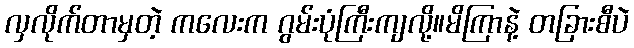
လှလိုက်တာမှတဲ့ ကလေးက ဂွမ်းပုံကြီးကျလို့။မိကြာနဲ့ တခြားစီပဲ